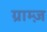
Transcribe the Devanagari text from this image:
ग्राम्ज़